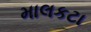
માલકટા